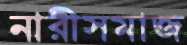
নারীসমাজ